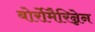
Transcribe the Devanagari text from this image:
बोर्रोमैरिन्नेन